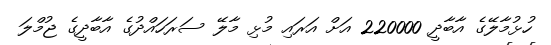
ހުޅުމާލޭގެ އާބާދީ 220000 އަށް އަރައި މުޅި މާލޭ ސަރަހައްދުގެ އާބާދީގެ ޖުމްލަ